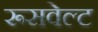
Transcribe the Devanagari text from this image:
रूसवेल्ट